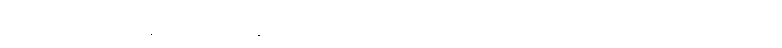
ဘိက္ခုနော၊ ရဟန်းကို။ ဒဿနာယ၊ ဖူးမြော်ခြင်းငှာ။ သမယာ၊ သင့်တင့်လျောက်ပတ်သော